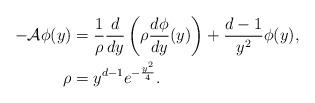
LaTeX: \begin{align*} -\mathcal A\phi(y)&=\frac{1}{\rho}\frac{d}{dy}\left(\rho \frac{d\phi}{dy}(y)\right)+\frac{d-1}{y^{2}}\phi(y),\\ \rho&=y^{d-1}e^{-\frac{y^{2}}{4}}.\end{align*}